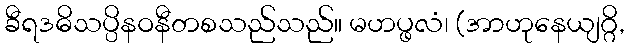
ခီရဒဓိသပ္ပိနဝနီတစသည်သည်။ မဟပ္ဖလံ၊ (အာဟုနေယျဂ္ဂိ,